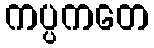
ကပ္ပကတေ